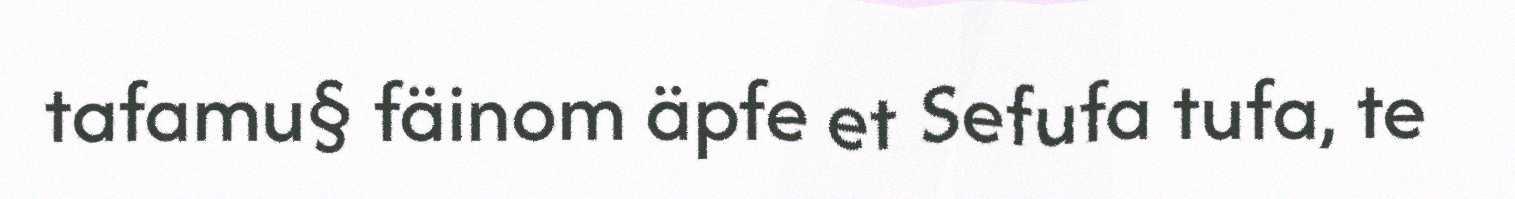
tafamu§ fäinom äpfe et Sefufa tufa, te